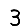
Digit: 3